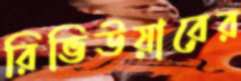
রিভিউয়ারের